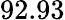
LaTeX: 92.93